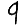
Digit: 9